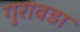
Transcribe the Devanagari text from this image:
गुरावडा